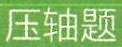
压轴题